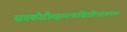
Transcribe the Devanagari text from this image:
सप्तकोटीमहामन्त्राश्चित्तविभ्रंशकारकाः